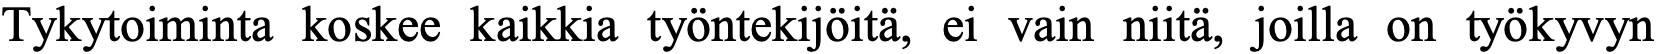
Tykytoiminta koskee kaikkia työntekijöitä, ei vain niitä, joilla on työkyvyn